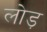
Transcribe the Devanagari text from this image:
लोड़